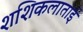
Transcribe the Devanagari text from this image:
शशिकलाताई